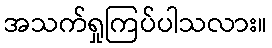
အသက်ရှုကြပ်ပါသလား။